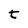
Character: t